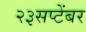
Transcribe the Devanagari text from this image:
२३सप्टेंबर